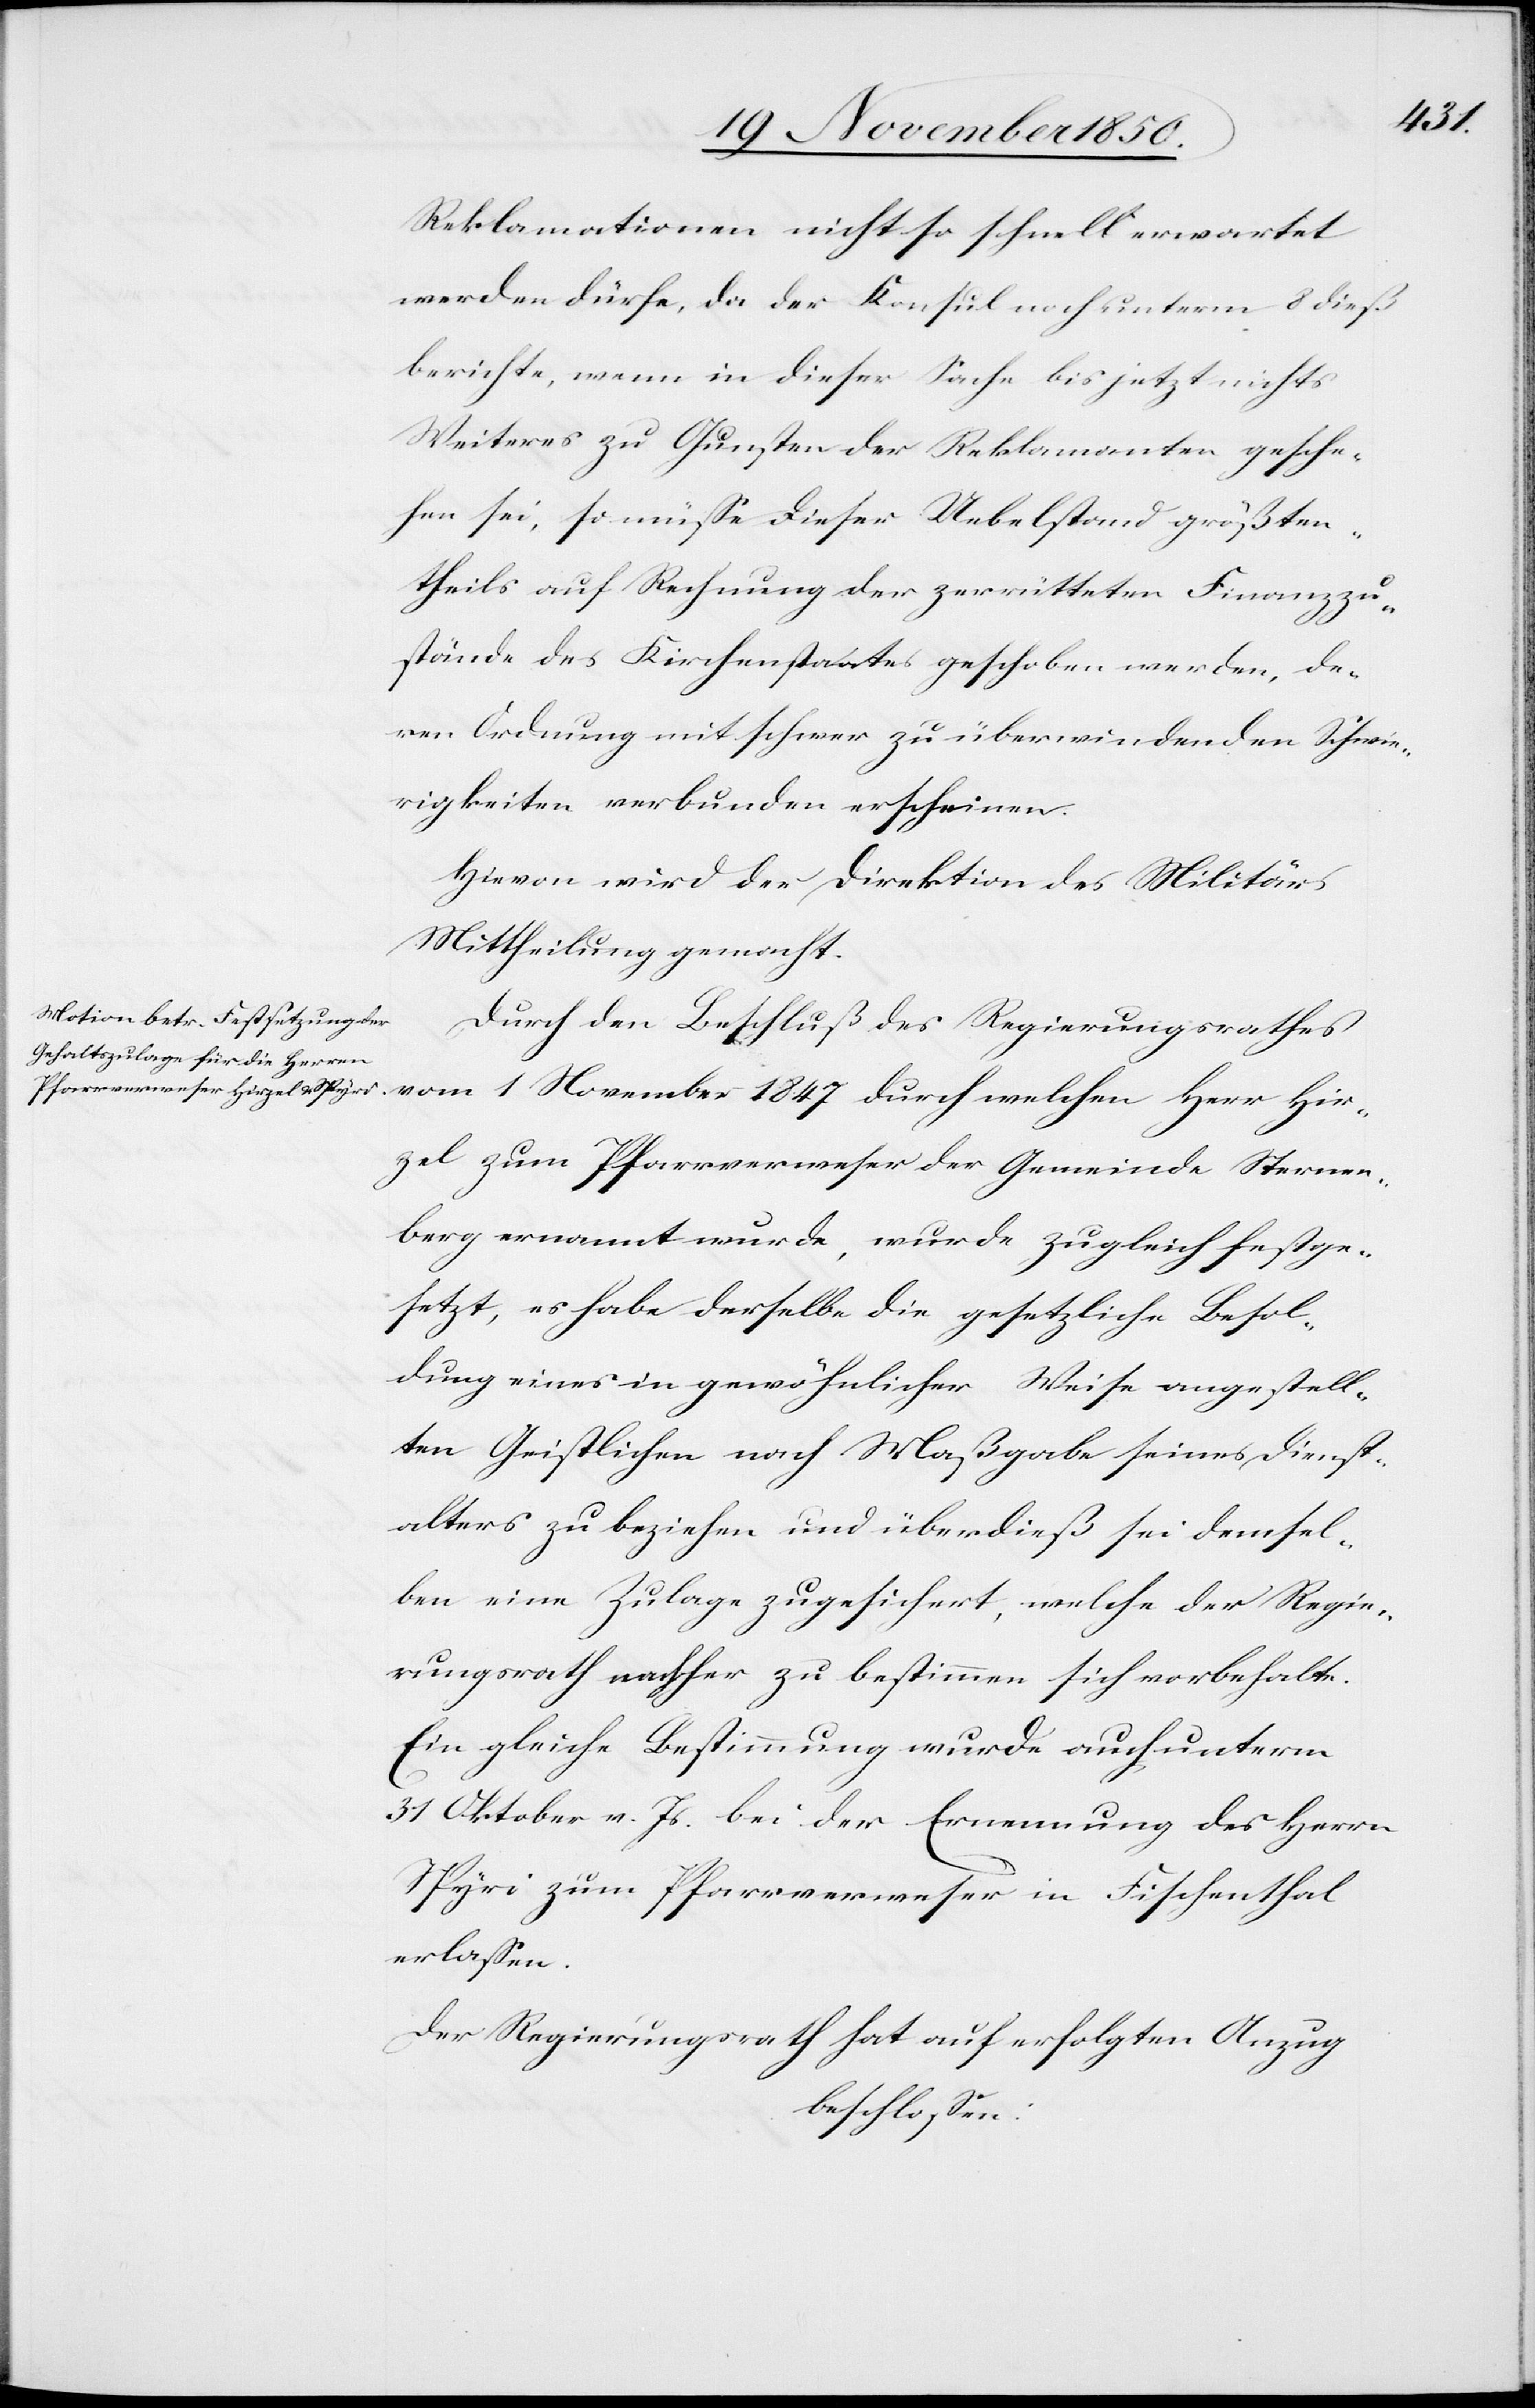
1 November 1847
Reklamationen nicht so schnell erwartet
werden dürfe, da der Konsul noch unterm 8 dieß
berichte, wenn in dieser Sache bis jetzt nichts
Weiteres zu Gunsten der Reklamanten gesche¬
hen sei, so müsse dieser Uebelstand größten¬
theils auf Rechnung der zerrütteten Finanzzu¬
stände des Kirchenstaates geschoben werden, de¬
ren Ordnung mit schwer zu überwindenden Schwie¬
rigkeiten verbunden erscheinen.
Hievon wird der Direktion des Militärs
Mittheilung gemacht.
Durch den Beschluß des Regierungsrathes
zel zum Pfarrverweser der Gemeinde Sternen¬
berg ernannt wurde, wurde zugleich festge¬
setzt, es habe derselbe die gesetzliche Besol¬
dung eines in gewöhnlicher Weise angestell¬
ten Geistlichen nach Maßgabe seines Dienst¬
alters zu beziehen und überdieß sei demsel¬
ben eine Zulage zugesichert, welche der Regie¬
rungsrath nachher zu bestimmen sich vorbehalte.
Ein[e] gleiche Bestimmung wurde auch unterm
31 Oktober v. Js. bei der Ernennung des Herrn
Spyri zum Pfarrverweser in Fischenthal
erlassen.
Der Regierungsrath hat auf erfolgten Anzug
beschlossen:

Hir¬